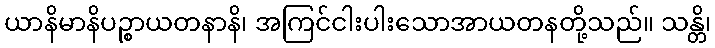
ယာနိမာနိပဉ္စာယတနာနိ၊ အကြင်ငါးပါးသောအာယတနတို့သည်။ သန္တိ၊